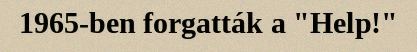
1965-ben forgatták a "Help!"